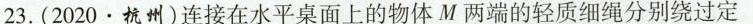
23.(2020.杭州)连接在水平桌面上的物体M两端的轻质细绳分别绕过定